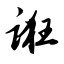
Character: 诳